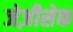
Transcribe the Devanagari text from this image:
जेज़ीसेक